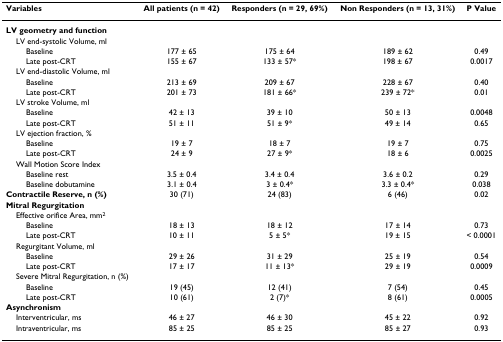
<table><thead><tr><td><b>Variables</b></td><td><b>All patients (n = 42)</b></td><td><b>Responders (n = 29, 69%)</b></td><td><b>Non Responders (n = 13, 31%)</b></td><td><b>P Value</b></td></tr></thead><tbody><tr><td><b>LV geometry and function</b></td><td></td><td></td><td></td><td></td></tr><tr><td> LV end-systolic Volume, ml</td><td></td><td></td><td></td><td></td></tr><tr><td>Baseline</td><td>177 ± 65</td><td>175 ± 64</td><td>189 ± 62</td><td>0.49</td></tr><tr><td>Late post-CRT</td><td>155 ± 67</td><td>133 ± 57*</td><td>198 ± 67</td><td>0.0017</td></tr><tr><td> LV end-diastolic Volume, ml</td><td></td><td></td><td></td><td></td></tr><tr><td>Baseline</td><td>213 ± 69</td><td>209 ± 67</td><td>228 ± 67</td><td>0.40</td></tr><tr><td>Late post-CRT</td><td>201 ± 73</td><td>181 ± 66*</td><td>239 ± 72*</td><td>0.01</td></tr><tr><td> LV stroke Volume, ml</td><td></td><td></td><td></td><td></td></tr><tr><td>Baseline</td><td>42 ± 13</td><td>39 ± 10</td><td>50 ± 13</td><td>0.0048</td></tr><tr><td>Late post-CRT</td><td>51 ± 11</td><td>51 ± 9*</td><td>49 ± 14</td><td>0.65</td></tr><tr><td> LV ejection fraction, %</td><td></td><td></td><td></td><td></td></tr><tr><td>Baseline</td><td>19 ± 7</td><td>18 ± 7</td><td>19 ± 7</td><td>0.75</td></tr><tr><td>Late post-CRT</td><td>24 ± 9</td><td>27 ± 9*</td><td>18 ± 6</td><td>0.0025</td></tr><tr><td> Wall Motion Score Index</td><td></td><td></td><td></td><td></td></tr><tr><td>Baseline rest</td><td>3.5 ± 0.4</td><td>3.4 ± 0.4</td><td>3.6 ± 0.2</td><td>0.29</td></tr><tr><td>Baseline dobutamine</td><td>3.1 ± 0.4</td><td>3 ± 0.4*</td><td>3.3 ± 0.4*</td><td>0.038</td></tr><tr><td><b>Contractile Reserve, n (%)</b></td><td>30 (71)</td><td>24 (83)</td><td>6 (46)</td><td>0.02</td></tr><tr><td><b>Mitral Regurgitation</b></td><td></td><td></td><td></td><td></td></tr><tr><td> Effective orifice Area, mm<sup>2</sup></td><td></td><td></td><td></td><td></td></tr><tr><td>Baseline</td><td>18 ± 13</td><td>18 ± 12</td><td>17 ± 14</td><td>0.73</td></tr><tr><td>Late post-CRT</td><td>10 ± 11</td><td>5 ± 5*</td><td>19 ± 15</td><td>&lt; 0.0001</td></tr><tr><td> Regurgitant Volume, ml</td><td></td><td></td><td></td><td></td></tr><tr><td>Baseline</td><td>29 ± 26</td><td>31 ± 29</td><td>25 ± 19</td><td>0.54</td></tr><tr><td>Late post-CRT</td><td>17 ± 17</td><td>11 ± 13*</td><td>29 ± 19</td><td>0.0009</td></tr><tr><td> Severe Mitral Regurgitation, n (%)</td><td></td><td></td><td></td><td></td></tr><tr><td>Baseline</td><td>19 (45)</td><td>12 (41)</td><td>7 (54)</td><td>0.45</td></tr><tr><td>Late post-CRT</td><td>10 (61)</td><td>2 (7)*</td><td>8 (61)</td><td>0.0005</td></tr><tr><td><b>Asynchronism</b></td><td></td><td></td><td></td><td></td></tr><tr><td> Interventricular, ms</td><td>46 ± 27</td><td>46 ± 30</td><td>45 ± 22</td><td>0.92</td></tr><tr><td> Intraventricular, ms</td><td>85 ± 25</td><td>85 ± 25</td><td>85 ± 27</td><td>0.93</td></tr></tbody></table>